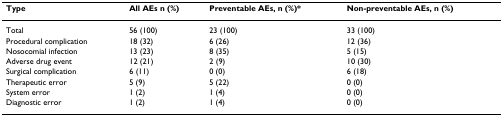
<table><thead><tr><td><b>Type</b></td><td><b>All AEs n (%)</b></td><td><b>Preventable AEs, n (%)*</b></td><td><b>Non-preventable AEs, n (%)</b></td></tr></thead><tbody><tr><td>Total</td><td>56 (100)</td><td>23 (100)</td><td>33 (100)</td></tr><tr><td>Procedural complication</td><td>18 (32)</td><td>6 (26)</td><td>12 (36)</td></tr><tr><td>Nosocomial infection</td><td>13 (23)</td><td>8 (35)</td><td>5 (15)</td></tr><tr><td>Adverse drug event</td><td>12 (21)</td><td>2 (9)</td><td>10 (30)</td></tr><tr><td>Surgical complication</td><td>6 (11)</td><td>0 (0)</td><td>6 (18)</td></tr><tr><td>Therapeutic error</td><td>5 (9)</td><td>5 (22)</td><td>0 (0)</td></tr><tr><td>System error</td><td>1 (2)</td><td>1 (4)</td><td>0 (0)</td></tr><tr><td>Diagnostic error</td><td>1 (2)</td><td>1 (4)</td><td>0 (0)</td></tr></tbody></table>